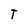
Character: T